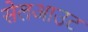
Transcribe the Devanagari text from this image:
सेलआउट